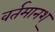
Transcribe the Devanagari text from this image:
वर्तमानश्